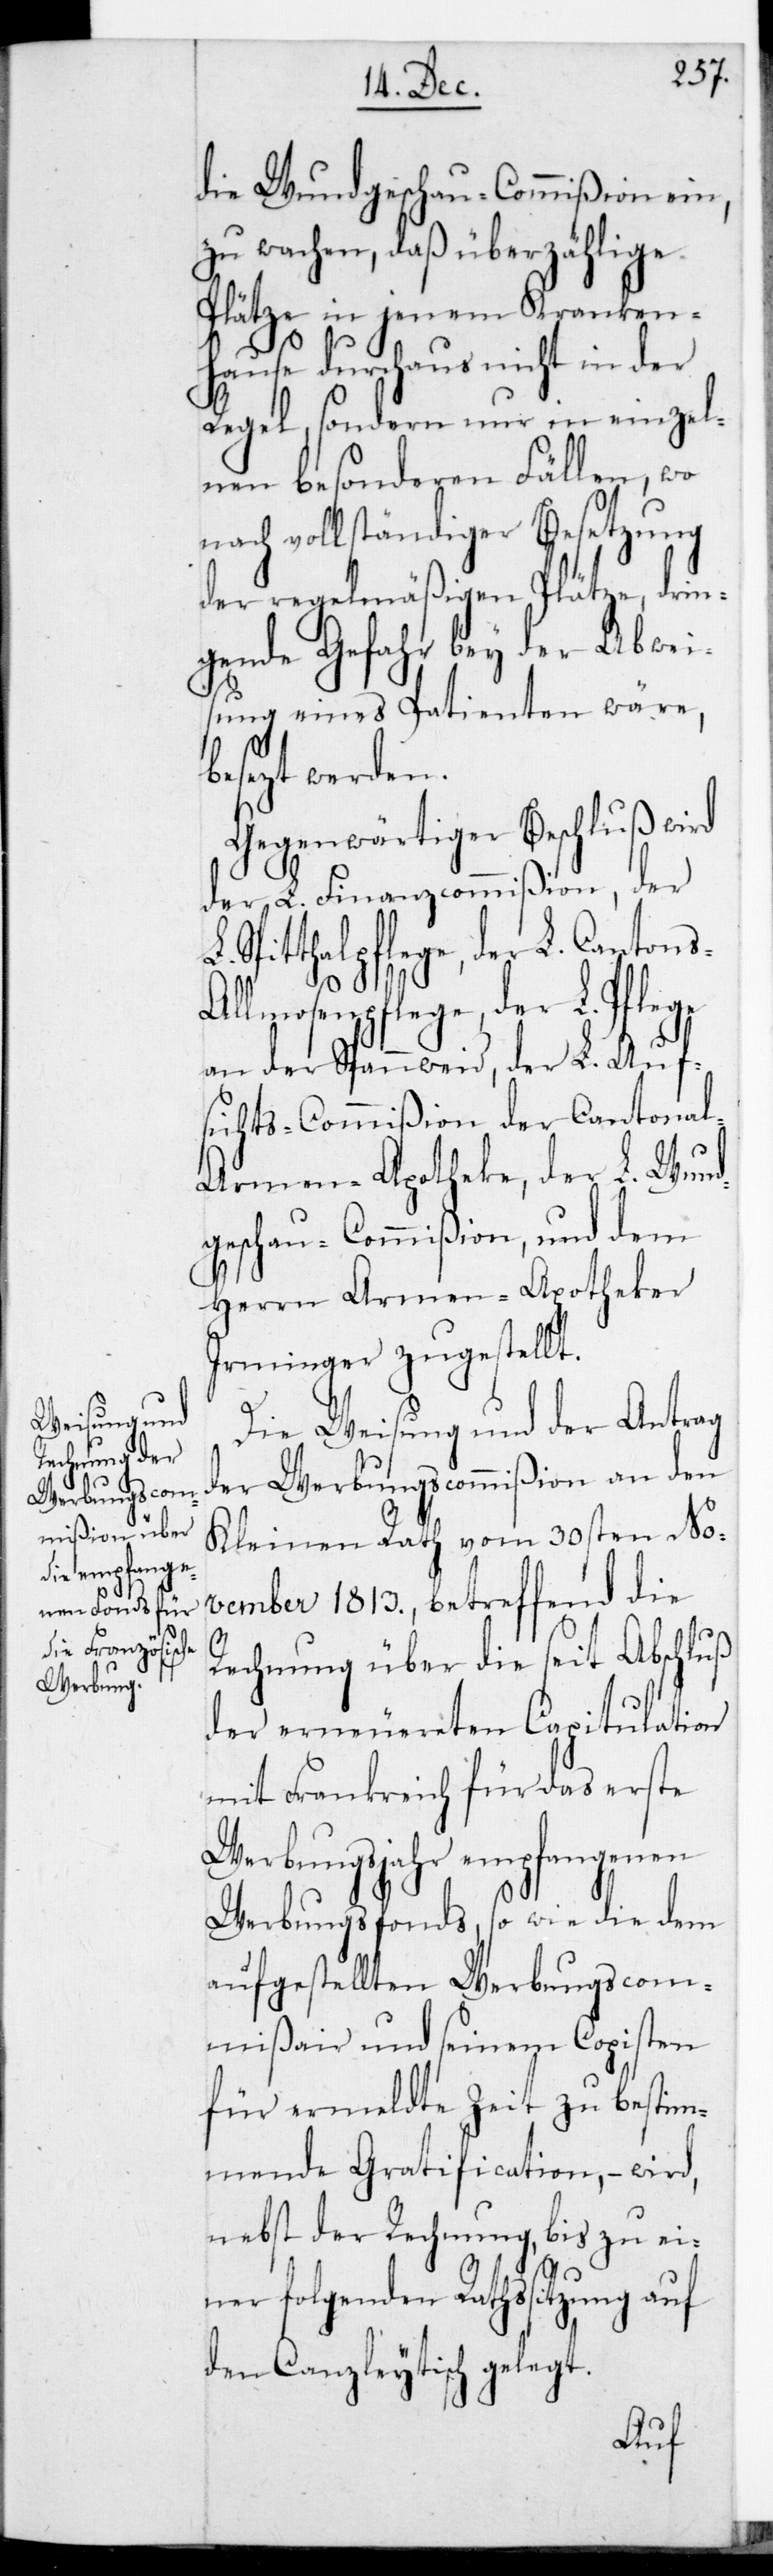
die Wundgschau-Commißion ein,
zu wachen, daß überzählige
Plätze in jenem Kranken¬
hause durchaus nicht in der
Regel, sondern nur in einzel¬
nen besonderen Fällen, wo
ach vollständiger Besetzung
der regelmäßigen Plätze, drin¬
gende Gefahr bey der Abwei¬
sung eines Patienten wäre,
esetzt werden.
Gegenwärtiger Beschluß wird
der L. Finanzcommißion, der
Spitalpflege, der L. Canton¬
s-A¬
lmosenpflege, der L. Pflege
an der Spannweid, der L. Auf¬
sichts-Commißion der Cantona¬
l-Armen-Apotheke, der L. Wund¬
gschau-Commißion und dem
Herrn Armen-Apotheker
Irminger zugestellt.
Die Weisung und der Antrag
der Werbungscommißion an den
Kleinen Rath vom 30sten No¬
vember 1813, betreffend die
Rechnung über die seit Abschluß
der erneuereten Capitulation
mit Frankreich für das erste
Werbungsjahr empfangenen
Werbungsfonds, sowie die dem
aufgestellten Werbungscom¬
mißair und seinem Copisten
für ermeldte Zeit zu bestim¬
mende Gratification, – wird
nebst der Rechnung, bis zu ei¬
ner folgenden Rathssitzung auf
den Canzleytisch gelegt.